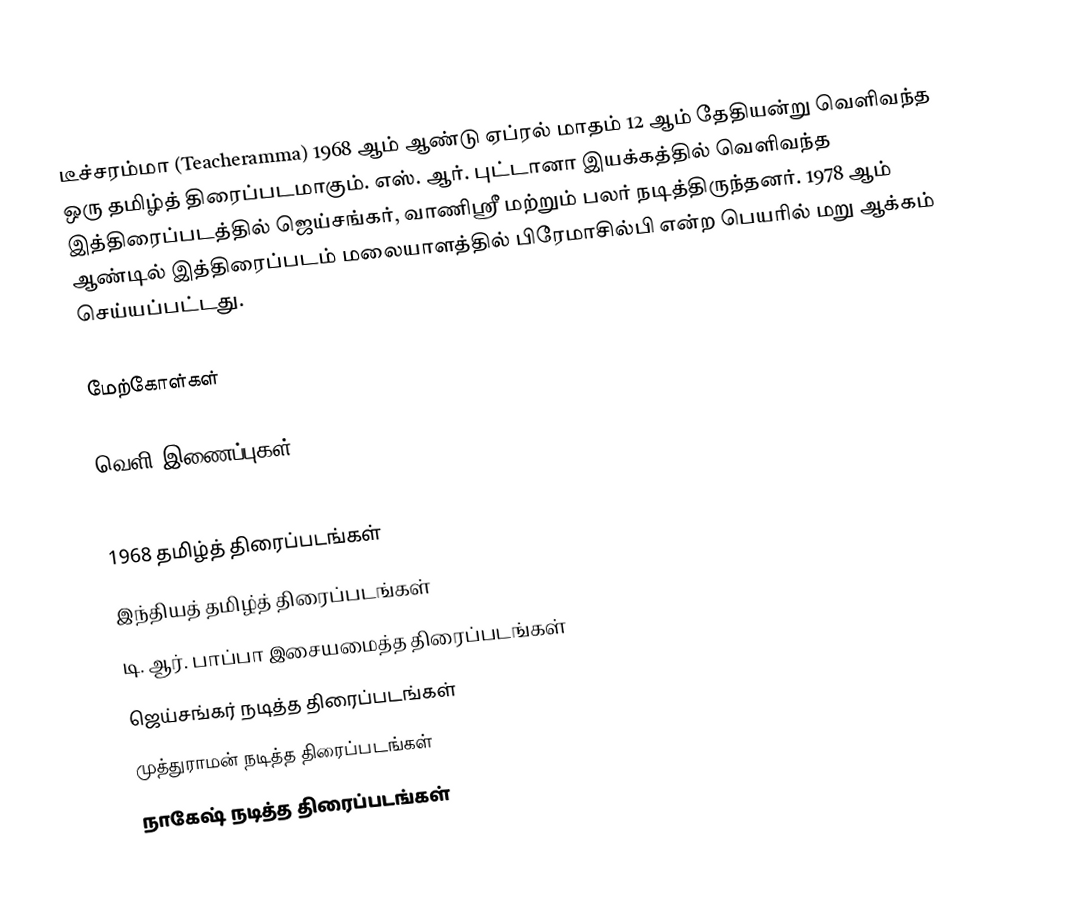
டீச்சரம்மா (Teacheramma) 1968 ஆம் ஆண்டு ஏப்ரல் மாதம் 12 ஆம் தேதியன்று  வெளிவந்த ஒரு  தமிழ்த் திரைப்படமாகும்.  எஸ். ஆர். புட்டானா இயக்கத்தில் வெளிவந்த இத்திரைப்படத்தில் ஜெய்சங்கர், வாணிஸ்ரீ மற்றும் பலர் நடித்திருந்தனர். 1978 ஆம் ஆண்டில் இத்திரைப்படம் மலையாளத்தில் பிரேமாசில்பி என்ற பெயரில் மறு ஆக்கம் செய்யப்பட்டது.

மேற்கோள்கள்

வெளி இணைப்புகள்

1968 தமிழ்த் திரைப்படங்கள்
இந்தியத் தமிழ்த் திரைப்படங்கள்
டி. ஆர். பாப்பா இசையமைத்த திரைப்படங்கள்
ஜெய்சங்கர் நடித்த திரைப்படங்கள்
முத்துராமன் நடித்த திரைப்படங்கள்
நாகேஷ் நடித்த திரைப்படங்கள்